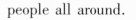
people all around.